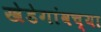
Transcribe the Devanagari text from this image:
खेडेगांवच्या